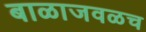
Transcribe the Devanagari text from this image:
बाळाजवळच